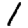
Digit: 1